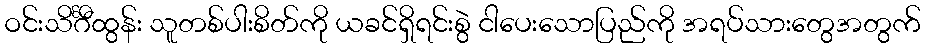
ဝင်းသိင်္ဂီထွန်း သူတစ်ပါးစိတ်ကို ယခင်ရှိရင်းစွဲ ငါပေးသောပြည်ကို အရပ်သားတွေအတွက်